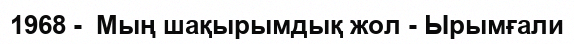
1968 -  Мың шақырымдық жол - Ырымғали